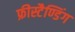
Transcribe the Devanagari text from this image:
फ्रीस्टैण्डिंग